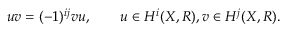
u v = ( - 1 ) ^ { i j } v u , \qquad u \in H ^ { i } ( X , R ) , v \in H ^ { j } ( X , R ) .